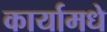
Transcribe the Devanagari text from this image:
कार्यामधे